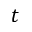
t